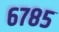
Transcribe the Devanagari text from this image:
६७८५